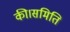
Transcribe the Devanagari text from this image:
की।समिति